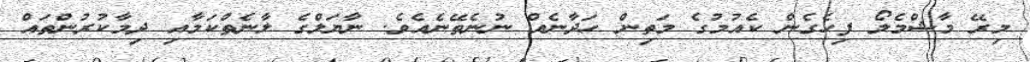
މިރޭ މާޝްމެލޯ ފިހެގެން ކެއުމުގެ މަތިން ހަދާނެއް ނުނެތޭނެއެވެ. ނާޔަލްގެ ލާނެތްކަމާއި ދިމާކުރުންތައް